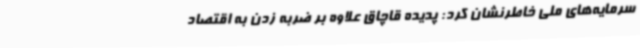
سرمایه‌های ملی خاطرنشان کرد: پدیده قاچاق علاوه بر ضربه زدن به اقتصاد